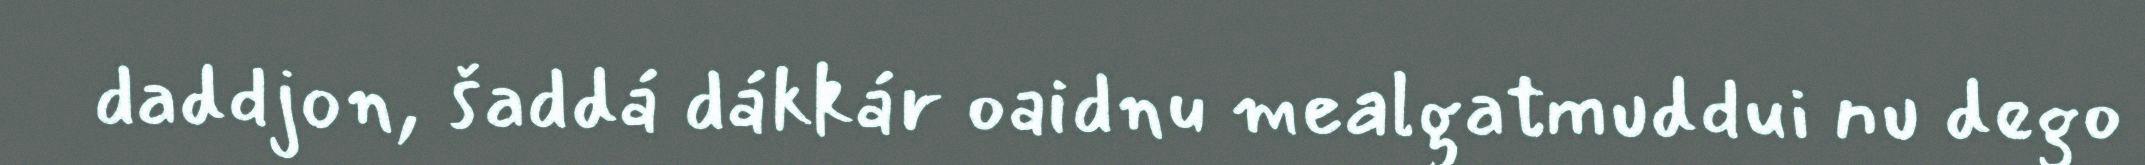
daddjon, šaddá dákkár oaidnu mealgatmuddui nu dego